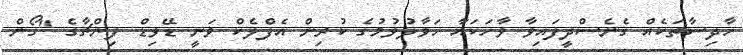
ހާދިސާތަކެއް ގެނެސްދީފައިވާ ވާހަކައާ ހަވާލުވުމުގެ ކުރިން އެފްލެކް ވަނީ ޑޭވިޑް ފިންޗާގެ "ގޯން